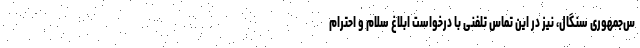
س‌جمهوری سنگال، نیز در این تماس تلفنی با درخواست ابلاغ سلام و احترام